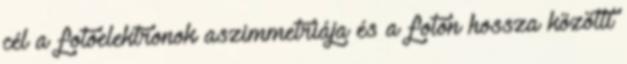
cél a fotoelektronok aszimmetriája és a foton hossza közötti